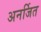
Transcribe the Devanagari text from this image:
अनर्जित